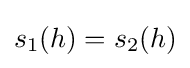
s_{1}(h)=s_{2}(h)